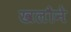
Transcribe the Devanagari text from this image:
खलौने